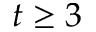
t \geq 3